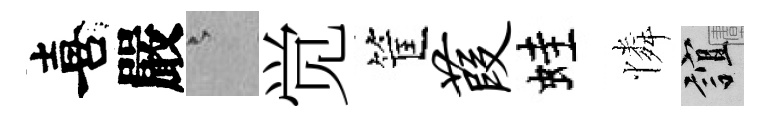
喜嚴澹觉筐葭蛙憐誼